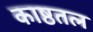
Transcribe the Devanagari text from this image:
काष्ठतल